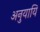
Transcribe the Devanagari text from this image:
अनुयायि